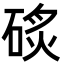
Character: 䂹